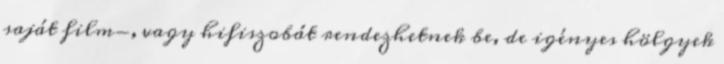
saját film-, vagy hifiszobát rendezhetnek be, de igényes hölgyek